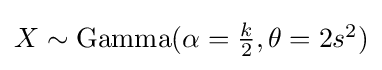
{\textstyle X\sim {\text{Gamma}}(\alpha ={\frac {k}{2}},\theta =2s^{2})}